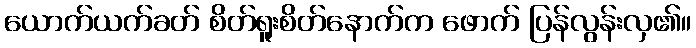
ယောက်ယက်ခတ် စိတ်ရူးစိတ်နောက်က ဖောက် ပြန်လွန်းလှ၏။